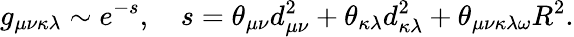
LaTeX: g_{\mu\nu\kappa\lambda}\sim e^{-s},\quad s=\theta_{\mu\nu}d_{\mu\nu}^{2}+\theta_{\kappa\lambda}d_{\kappa\lambda}^{2}+\theta_{\mu\nu\kappa\lambda\omega}R^{2}.